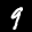
Label: 9